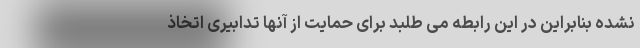
نشده بنابراین در این رابطه می طلبد برای حمایت از آنها تدابیری اتخاذ